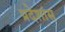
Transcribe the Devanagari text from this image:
प्रदेशांस